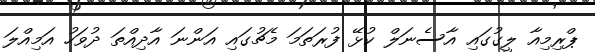
ޕްރިމިއާ ލީގުގައި އާސެނަލް ކުޅޭ ފުރަތަމަ މެޗުގައި އަންނަ އާދިއްތަ ދުވަހު އަމިއްލަ